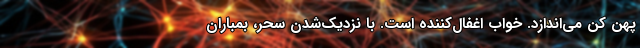
پهن کن می‌اندازد. خواب اغفال‌کننده است. با نزدیک‌شدن سحر، بمباران